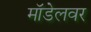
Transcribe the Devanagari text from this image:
मॉडेलवर